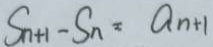
S _ { n + 1 } - S _ { n } = a _ { n + 1 }